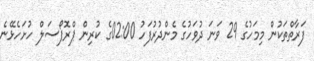
ފަރާތްތަކުން މިމަހުގެ 29 ވަނަ ދުވަހުގެ މެންދުރުފަހު 02:00ގެ ކުރިން ޕްރޮޕޯސަލް ހުށަހެޅޭނެ